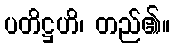
ပတိဋ္ဌဟိ၊ တည်၏။